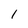
Character: 1